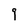
Character: 9